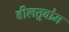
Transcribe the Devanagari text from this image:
वीलतुवोम